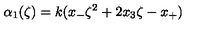
\alpha _ { 1 } ( \zeta ) = k ( x _ { - } \zeta ^ { 2 } + 2 x _ { 3 } \zeta - x _ { + } )